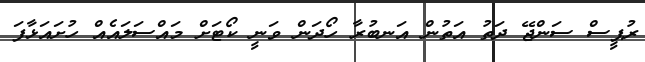
ރުޕީސް ސަންޖޭ ދަތު އަތުން އަނބުރާ ހޯދަން ވަނީ ކޯޓަށް މައްސަލައެއް ހުށައަޅާފަ